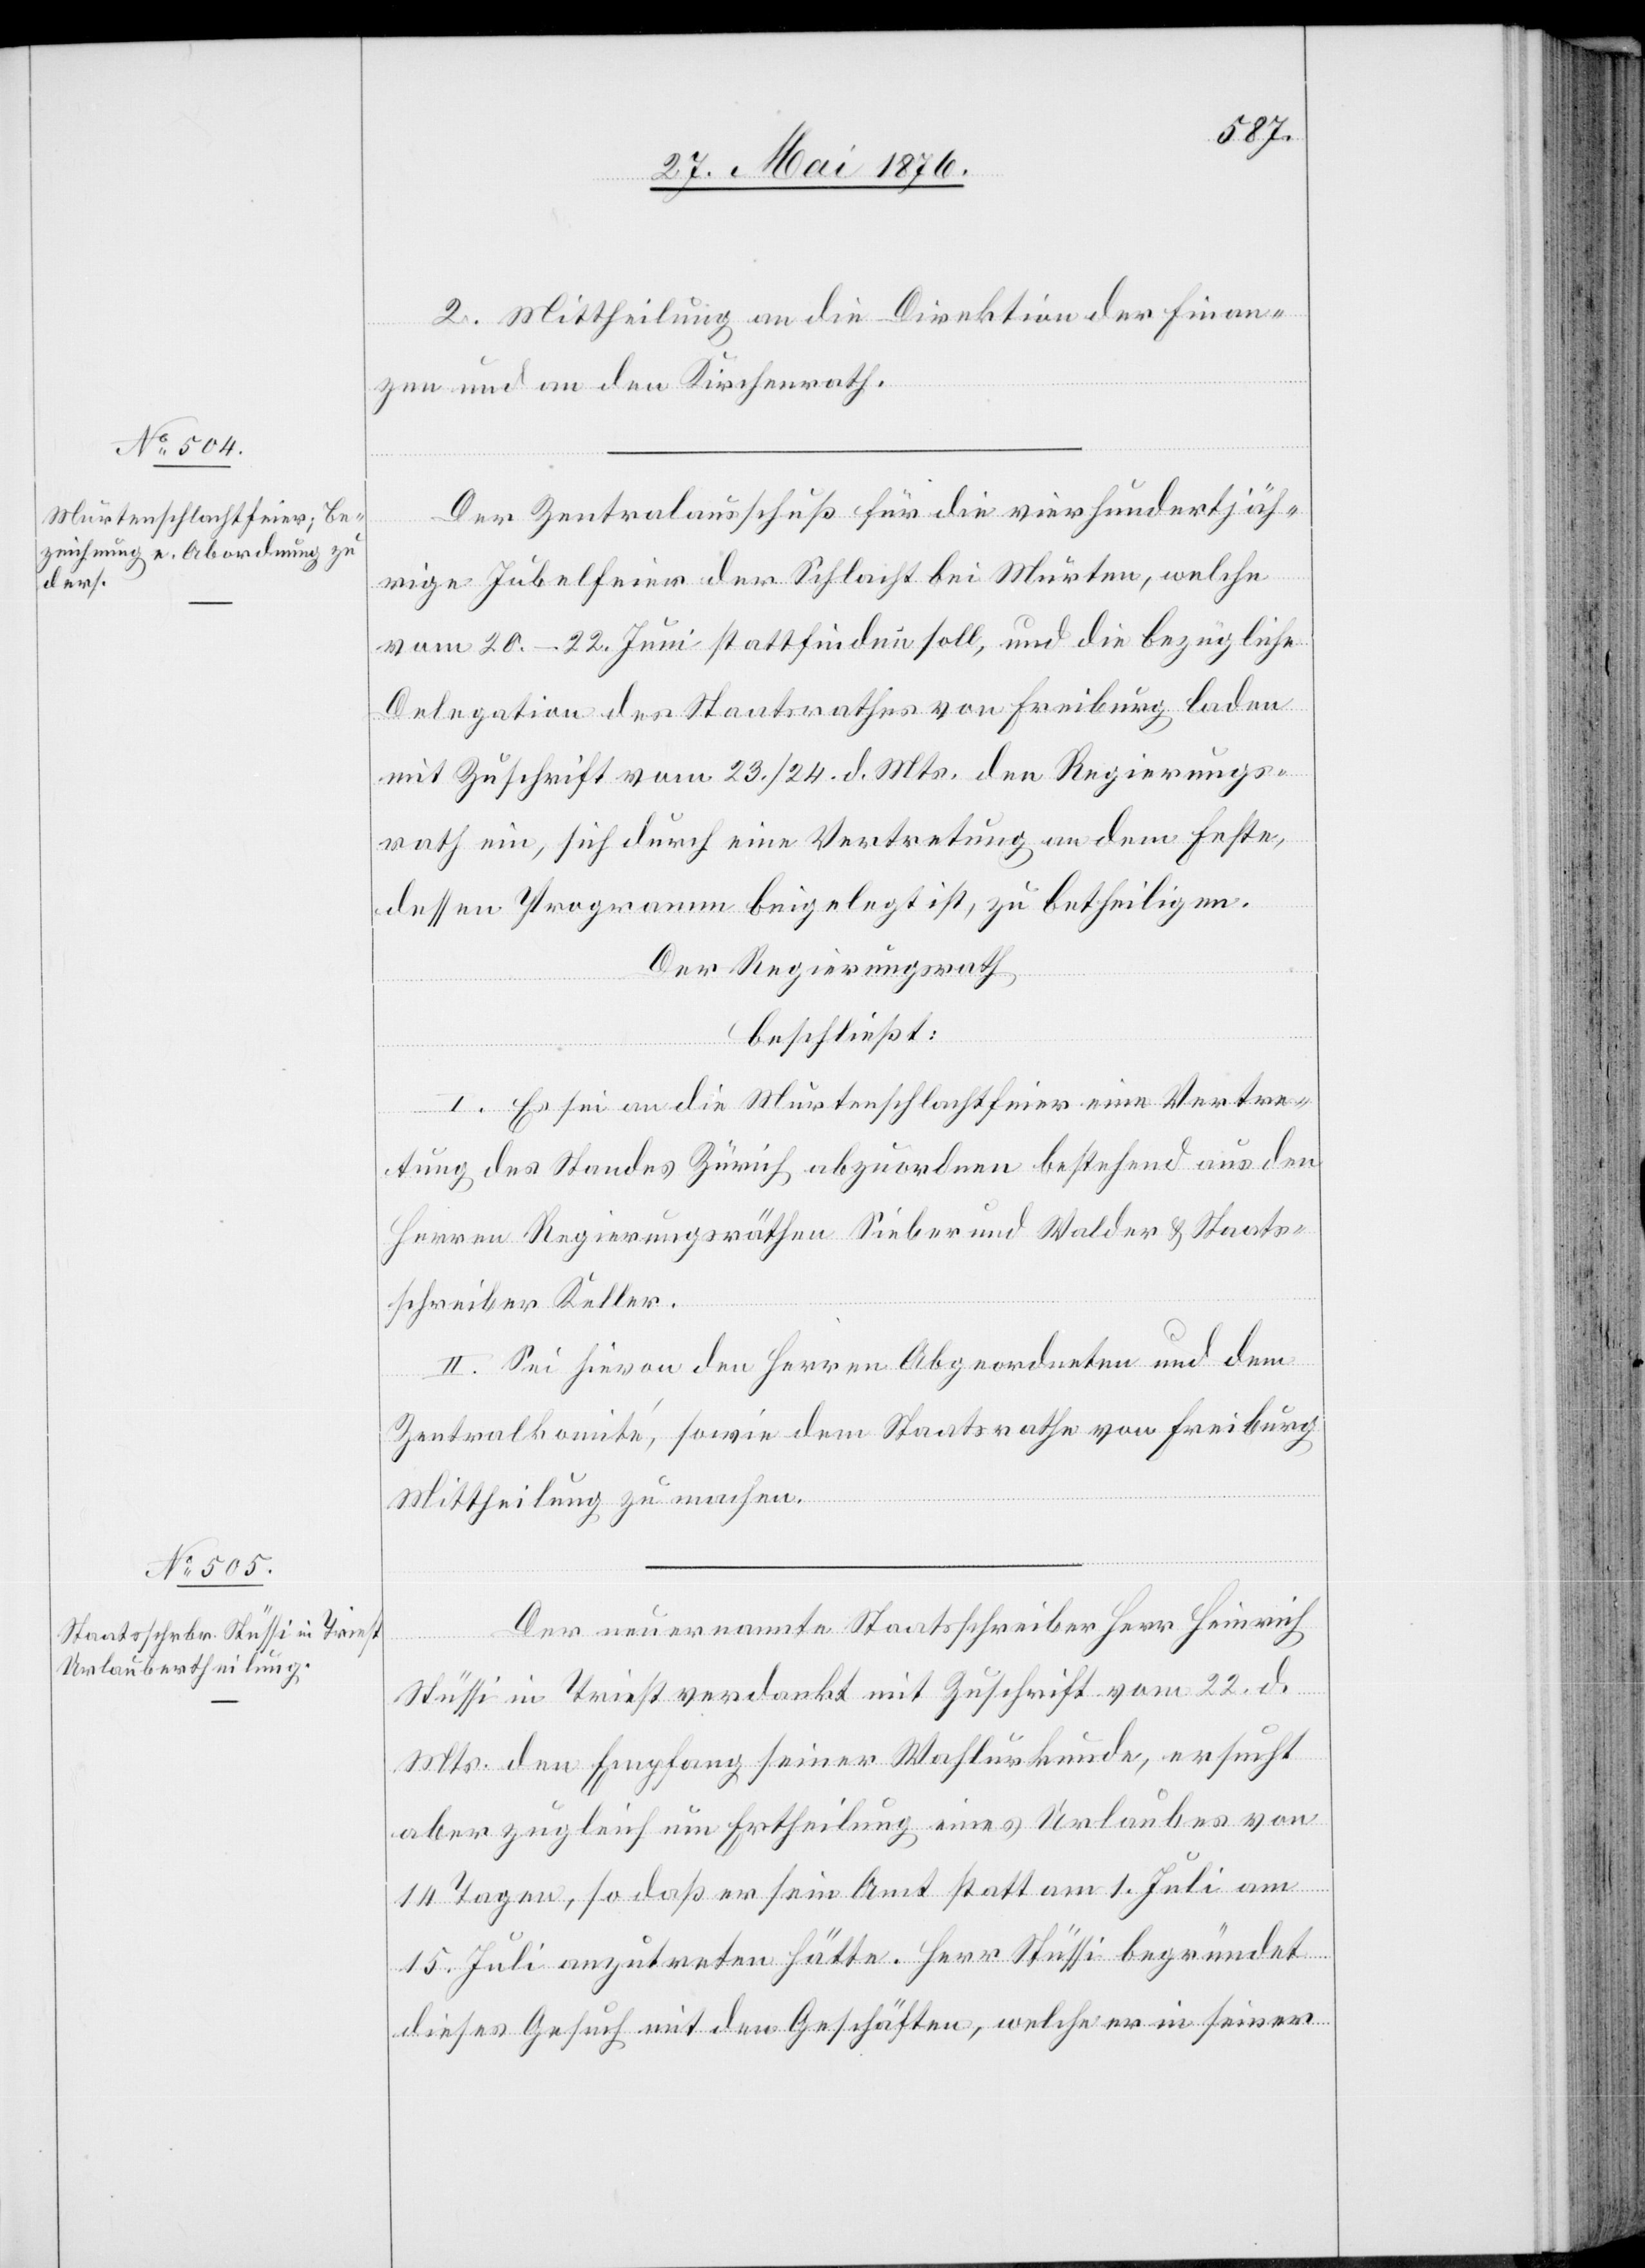
2. Mittheilung an die Direktion der Finan¬
zen und an den Kirchenrath.
Der Zentralausschuß für die vierhundertjäh¬
rige Jubelfeier der Schlacht bei Murten, welche
vom 20.–22. Juni stattfinden soll, und die bezügliche
Delegation des Staatsrathes von Freiburg laden
mit Zuschrift vom 23./24. d. Mts. den Regierungs¬
rath ein, sich durch eine Vertretung an dem Feste,
dessen Programm beigelegt ist, zu betheiligen.
Der Regierungsrath,
beschließt:
I. Es sei an die Murtenschlachtfeier eine Vertre¬
tung des Standes Zürich abzuordnen bestehend aus den
Herren Regierungsräthen Sieber und Walder & Staats¬
schreiber Keller.
II. Sei hievon den Herren Abgeordneten und dem
Zentralkomité, sowie dem Staatsrathe von Freiburg
Mittheilung zu machen.
Der neuernannte Staatsschreiber Herr Heinrich
Stüssi in Triest verdankt mit Zuschrift vom 22. d.
Mts. den Empfang seiner Wahlurkunde, ersucht
aber zugleich um Ertheilung eines Urlaubes von
14 Tagen, so daß er sein Amt statt am 1. Juli am
15. Juli anzutreten hätte. Herr Stüssi begründet
dieses Gesuch mit den Geschäften, welche er in seiner